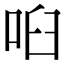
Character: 𠲼